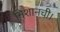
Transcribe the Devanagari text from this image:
निशानची।